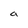
Character: a